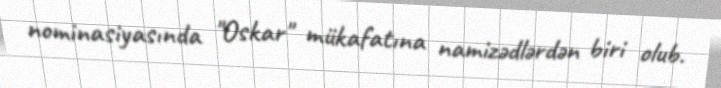
nominasiyasında "Oskar" mükafatına namizədlərdən biri olub.